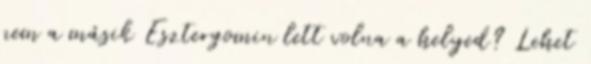
nem a másik Esztergomin lett volna a helyed? Lehet